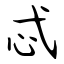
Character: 忒